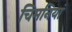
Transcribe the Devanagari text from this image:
चिमनियां